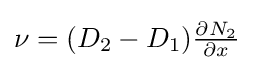
\nu =(D_{2}-D_{1}){\tfrac {\partial N_{2}}{\partial x}}